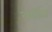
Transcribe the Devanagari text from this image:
कर्तित